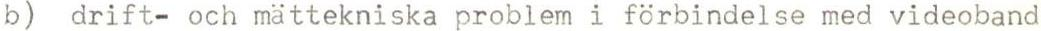
b) drift- och mättekniska problem i förbindelse med videoband